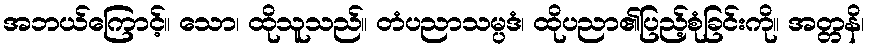
အဘယ်ကြောင့်။ သော၊ ထိုသူသည်။ တံပညာသမ္ပဒံ၊ ထိုပညာ၏ပြည့်စုံခြင်းကို။ အတ္တနိ၊